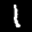
Label: 1